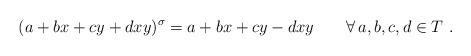
LaTeX: \begin{align*} (a+bx+cy+dxy)^\sigma = a+bx+cy-dxy\qquad\forall\, a,b,c,d\in T\ . \end{align*}